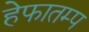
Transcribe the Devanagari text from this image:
हेफातम्प